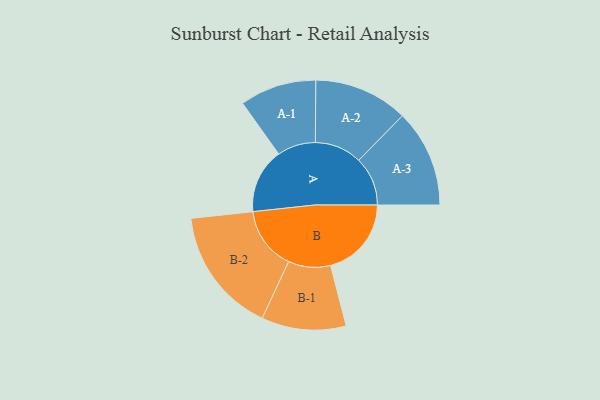
{"axis": {"x": "Segment", "y": "Value"}, "legend": ["", "A", "B"], "data": [{"x": "A", "y": 266, "type": ""}, {"x": "B", "y": 331, "type": ""}, {"x": "A-1", "y": 157, "type": "A"}, {"x": "A-2", "y": 193, "type": "A"}, {"x": "A-3", "y": 200, "type": "A"}, {"x": "B-1", "y": 173, "type": "B"}, {"x": "B-2", "y": 258, "type": "B"}]}